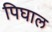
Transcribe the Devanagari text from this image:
पिघाल